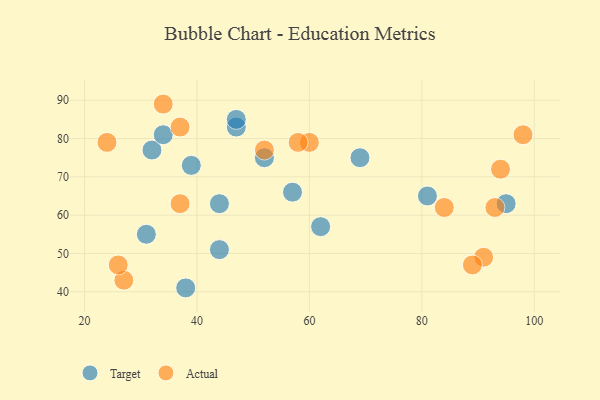
{"axis": {"x": "GDP", "y": "Life Expectancy"}, "legend": ["Actual", "Target"], "data": [{"x": "39", "y": 73, "type": "Target"}, {"x": "31", "y": 55, "type": "Target"}, {"x": "69", "y": 75, "type": "Target"}, {"x": "47", "y": 83, "type": "Target"}, {"x": "52", "y": 75, "type": "Target"}, {"x": "81", "y": 65, "type": "Target"}, {"x": "57", "y": 66, "type": "Target"}, {"x": "38", "y": 41, "type": "Target"}, {"x": "62", "y": 57, "type": "Target"}, {"x": "44", "y": 51, "type": "Target"}, {"x": "95", "y": 63, "type": "Target"}, {"x": "44", "y": 63, "type": "Target"}, {"x": "32", "y": 77, "type": "Target"}, {"x": "34", "y": 81, "type": "Target"}, {"x": "47", "y": 85, "type": "Target"}, {"x": "94", "y": 72, "type": "Actual"}, {"x": "91", "y": 49, "type": "Actual"}, {"x": "37", "y": 83, "type": "Actual"}, {"x": "24", "y": 79, "type": "Actual"}, {"x": "60", "y": 79, "type": "Actual"}, {"x": "98", "y": 81, "type": "Actual"}, {"x": "89", "y": 47, "type": "Actual"}, {"x": "27", "y": 43, "type": "Actual"}, {"x": "58", "y": 79, "type": "Actual"}, {"x": "37", "y": 63, "type": "Actual"}, {"x": "26", "y": 47, "type": "Actual"}, {"x": "52", "y": 77, "type": "Actual"}, {"x": "34", "y": 89, "type": "Actual"}, {"x": "93", "y": 62, "type": "Actual"}, {"x": "84", "y": 62, "type": "Actual"}]}